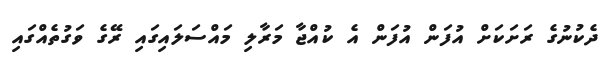
ދެކުނުގެ ރަށަކަށް އުފަން އުފަން އެ ކުއްޖާ މަރާލި މައްސަލައިގައި ރޭގެ ވަގުތެއްގައި